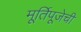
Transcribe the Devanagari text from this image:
मूर्तिपूजेची